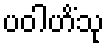
ပဝါဟိံသု